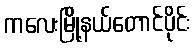
ကလေးမြို့နယ်တောင်ပိုင်း